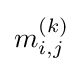
m_{i,j}^{(k)}